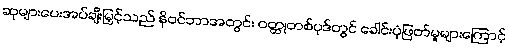
ဆုများပေးအပ်ချီးမြှင့်သည် နိုဝင်ဘာအတွင်း ဝတ္ထုတစ်ပုဒ်တွင် ခေါင်းပုံဖြတ်မှုများကြောင့်